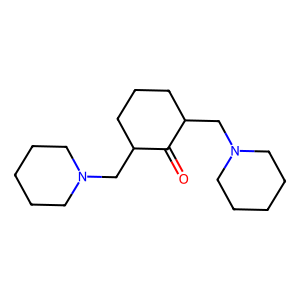
SMILES: O=C1C(CN2CCCCC2)CCCC1CN1CCCCC1
Inhibits HIV replication: No